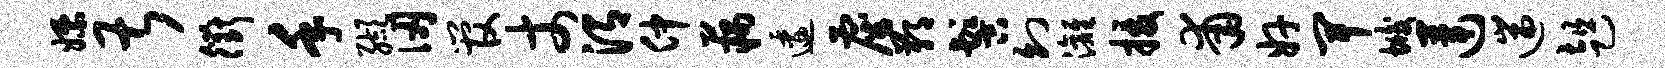
嫖甚衢手缬仞管丈渭仲藕逶雇鄙髻幻漓援甫奸卑垢莲遄趄